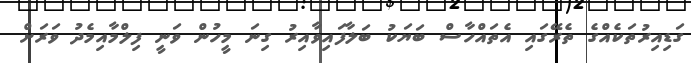
ގަޑިއިރުތަކެއްގެ ތެރޭގައި އެތައްހާސް ބަޔަކު ބަލާފައިވާއިރު ގިނަ މީހުން ވަނީ ފިލްމާއިމެދު ވަރަށް